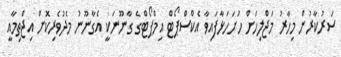
ސަރުކާރުން މިހާރު މަޖްލިހަށް ހުށަހަޅާފައިވާ އެކްސްޕޯޓް އިމްޕޯޓްގެ ގާނޫނަކީ އެގާނޫނު މެދުވެރިކޮށް އިޖްތިމާއީ